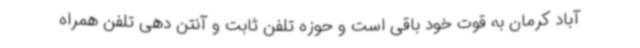
آباد کرمان به قوت خود باقی است و حوزه تلفن ثابت و آنتن دهی تلفن همراه